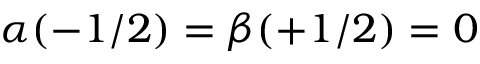
\alpha ( - 1 / 2 ) = \beta ( + 1 / 2 ) = 0